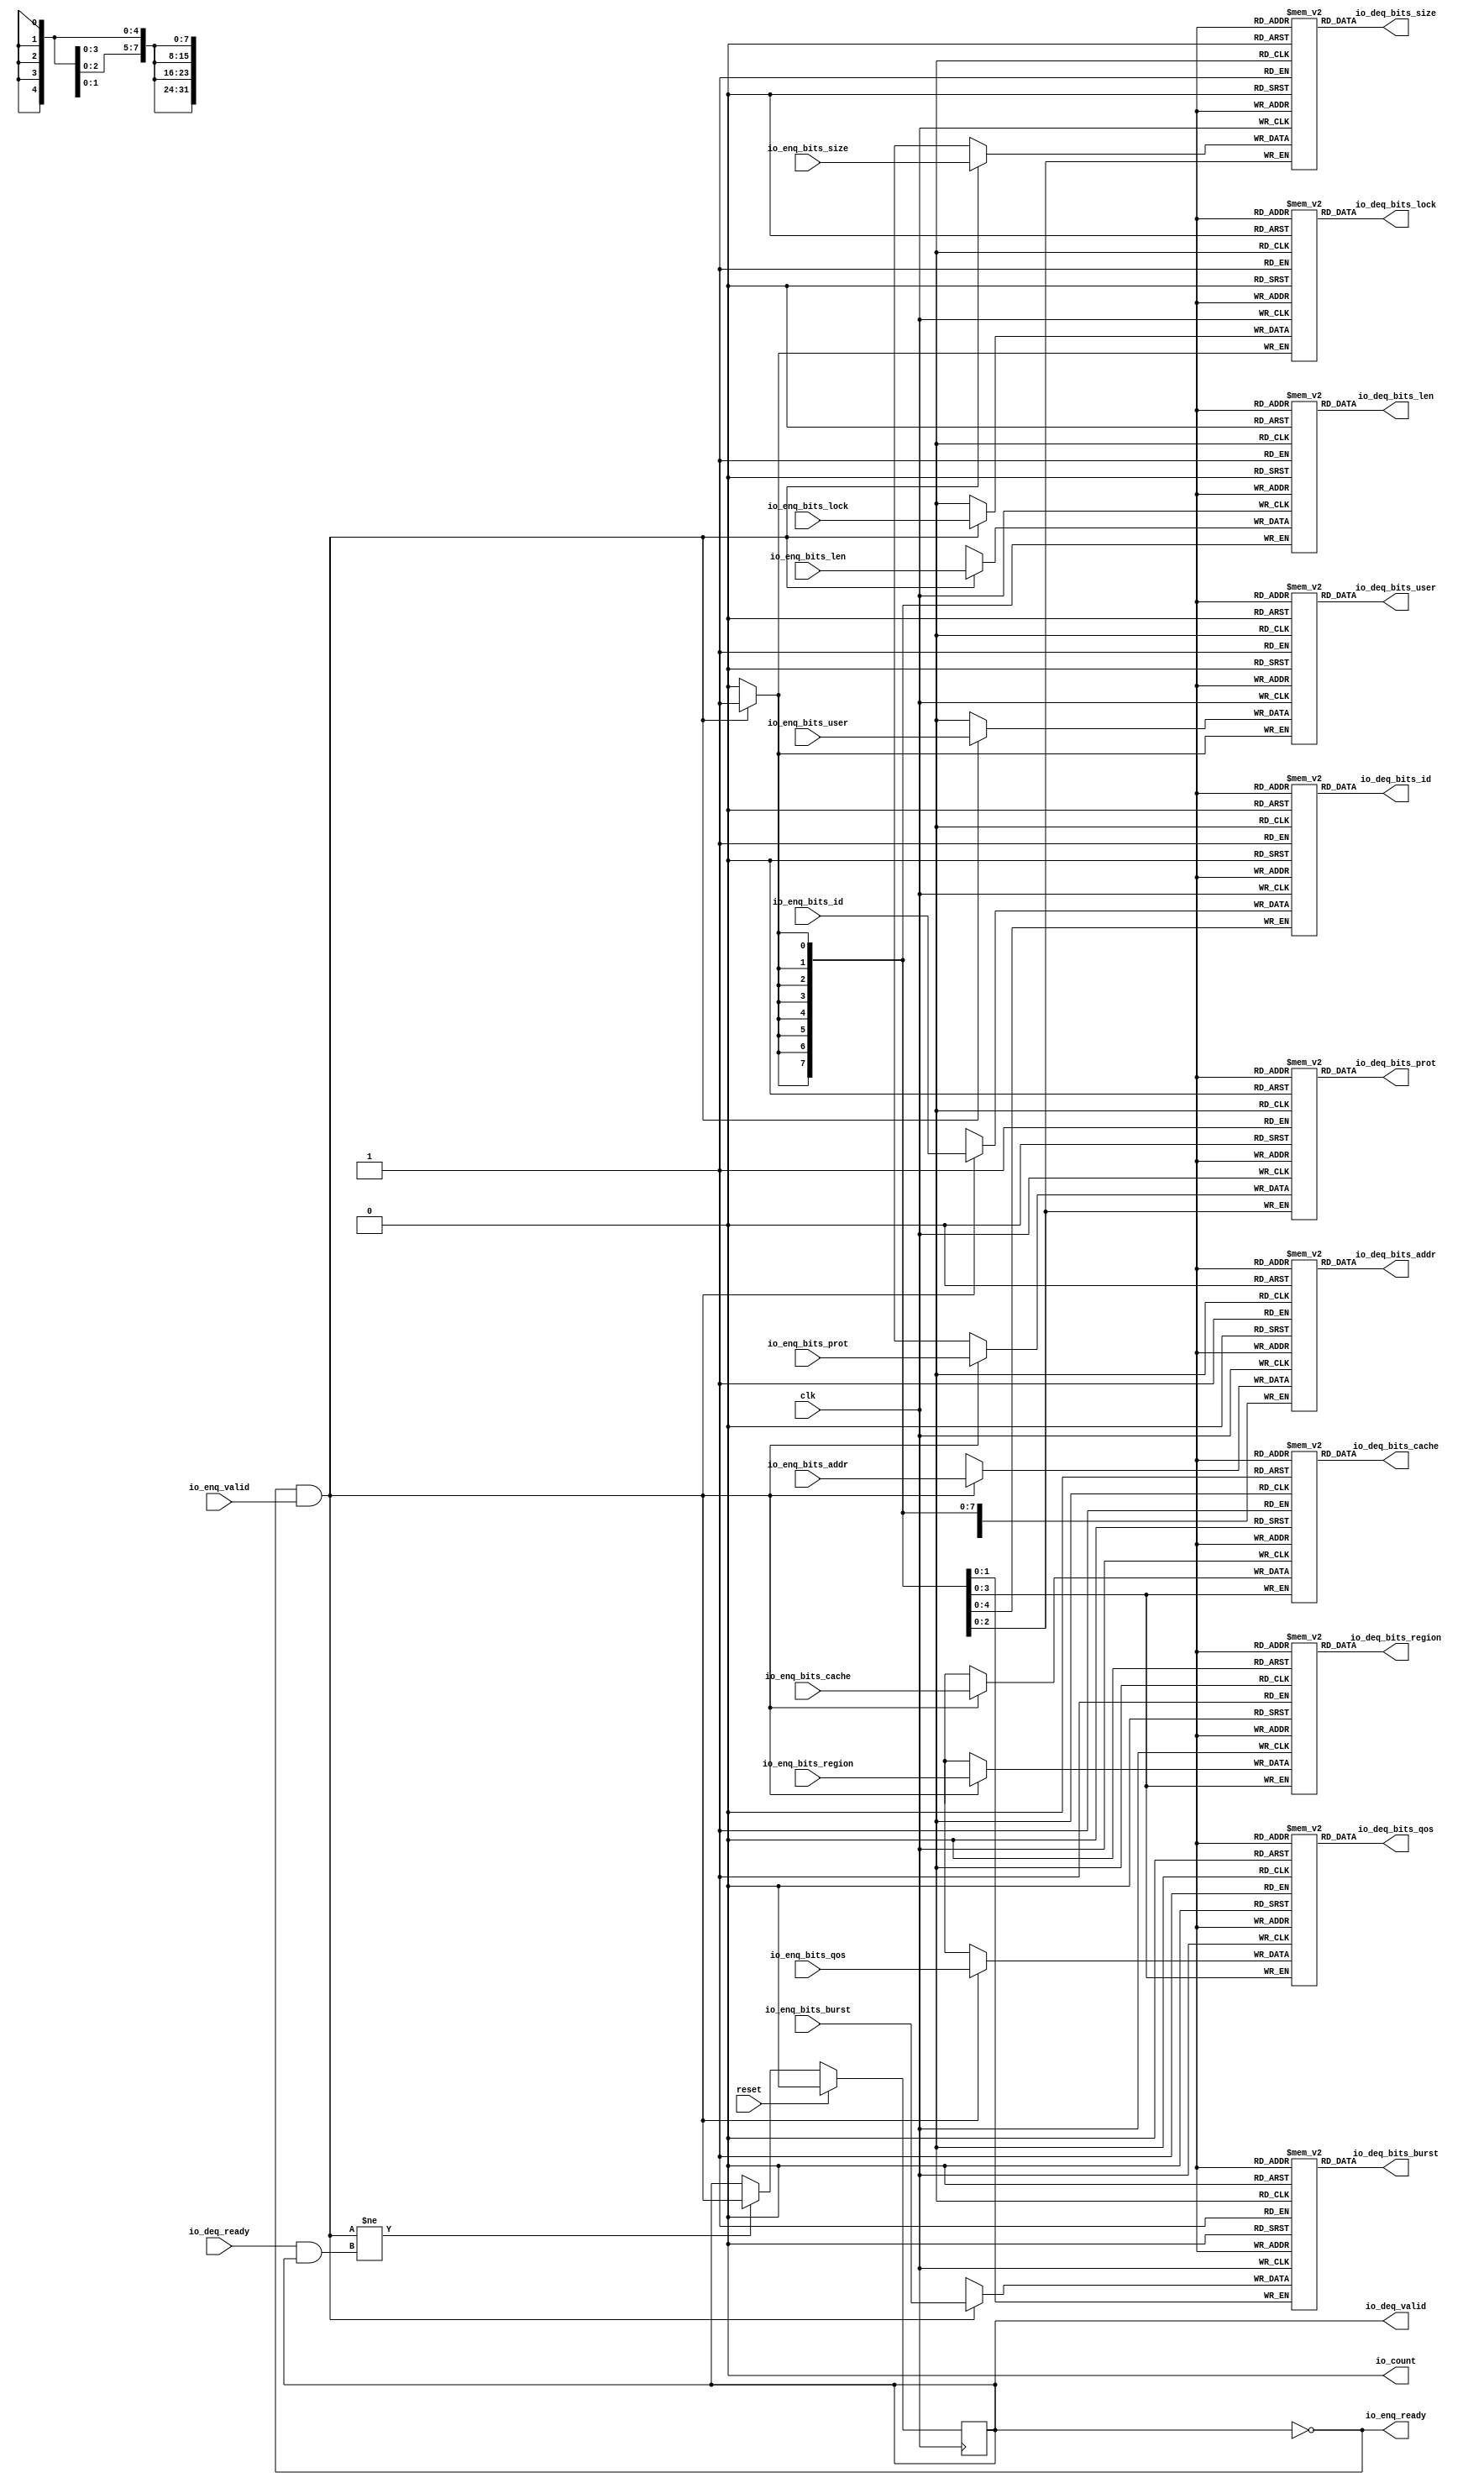
module Queue_10(
  input   clk,
  input   reset,
  output  io_enq_ready,
  input   io_enq_valid,
  input  [31:0] io_enq_bits_addr,
  input  [7:0] io_enq_bits_len,
  input  [2:0] io_enq_bits_size,
  input  [1:0] io_enq_bits_burst,
  input   io_enq_bits_lock,
  input  [3:0] io_enq_bits_cache,
  input  [2:0] io_enq_bits_prot,
  input  [3:0] io_enq_bits_qos,
  input  [3:0] io_enq_bits_region,
  input  [4:0] io_enq_bits_id,
  input   io_enq_bits_user,
  input   io_deq_ready,
  output  io_deq_valid,
  output [31:0] io_deq_bits_addr,
  output [7:0] io_deq_bits_len,
  output [2:0] io_deq_bits_size,
  output [1:0] io_deq_bits_burst,
  output  io_deq_bits_lock,
  output [3:0] io_deq_bits_cache,
  output [2:0] io_deq_bits_prot,
  output [3:0] io_deq_bits_qos,
  output [3:0] io_deq_bits_region,
  output [4:0] io_deq_bits_id,
  output  io_deq_bits_user,
  output  io_count
);
  reg [31:0] ram_addr [0:0];
  reg [31:0] GEN_0;
  wire [31:0] ram_addr_T_144_data;
  wire  ram_addr_T_144_addr;
  wire  ram_addr_T_144_en;
  wire [31:0] ram_addr_T_125_data;
  wire  ram_addr_T_125_addr;
  wire  ram_addr_T_125_mask;
  wire  ram_addr_T_125_en;
  reg [7:0] ram_len [0:0];
  reg [31:0] GEN_1;
  wire [7:0] ram_len_T_144_data;
  wire  ram_len_T_144_addr;
  wire  ram_len_T_144_en;
  wire [7:0] ram_len_T_125_data;
  wire  ram_len_T_125_addr;
  wire  ram_len_T_125_mask;
  wire  ram_len_T_125_en;
  reg [2:0] ram_size [0:0];
  reg [31:0] GEN_2;
  wire [2:0] ram_size_T_144_data;
  wire  ram_size_T_144_addr;
  wire  ram_size_T_144_en;
  wire [2:0] ram_size_T_125_data;
  wire  ram_size_T_125_addr;
  wire  ram_size_T_125_mask;
  wire  ram_size_T_125_en;
  reg [1:0] ram_burst [0:0];
  reg [31:0] GEN_3;
  wire [1:0] ram_burst_T_144_data;
  wire  ram_burst_T_144_addr;
  wire  ram_burst_T_144_en;
  wire [1:0] ram_burst_T_125_data;
  wire  ram_burst_T_125_addr;
  wire  ram_burst_T_125_mask;
  wire  ram_burst_T_125_en;
  reg  ram_lock [0:0];
  reg [31:0] GEN_4;
  wire  ram_lock_T_144_data;
  wire  ram_lock_T_144_addr;
  wire  ram_lock_T_144_en;
  wire  ram_lock_T_125_data;
  wire  ram_lock_T_125_addr;
  wire  ram_lock_T_125_mask;
  wire  ram_lock_T_125_en;
  reg [3:0] ram_cache [0:0];
  reg [31:0] GEN_5;
  wire [3:0] ram_cache_T_144_data;
  wire  ram_cache_T_144_addr;
  wire  ram_cache_T_144_en;
  wire [3:0] ram_cache_T_125_data;
  wire  ram_cache_T_125_addr;
  wire  ram_cache_T_125_mask;
  wire  ram_cache_T_125_en;
  reg [2:0] ram_prot [0:0];
  reg [31:0] GEN_6;
  wire [2:0] ram_prot_T_144_data;
  wire  ram_prot_T_144_addr;
  wire  ram_prot_T_144_en;
  wire [2:0] ram_prot_T_125_data;
  wire  ram_prot_T_125_addr;
  wire  ram_prot_T_125_mask;
  wire  ram_prot_T_125_en;
  reg [3:0] ram_qos [0:0];
  reg [31:0] GEN_7;
  wire [3:0] ram_qos_T_144_data;
  wire  ram_qos_T_144_addr;
  wire  ram_qos_T_144_en;
  wire [3:0] ram_qos_T_125_data;
  wire  ram_qos_T_125_addr;
  wire  ram_qos_T_125_mask;
  wire  ram_qos_T_125_en;
  reg [3:0] ram_region [0:0];
  reg [31:0] GEN_8;
  wire [3:0] ram_region_T_144_data;
  wire  ram_region_T_144_addr;
  wire  ram_region_T_144_en;
  wire [3:0] ram_region_T_125_data;
  wire  ram_region_T_125_addr;
  wire  ram_region_T_125_mask;
  wire  ram_region_T_125_en;
  reg [4:0] ram_id [0:0];
  reg [31:0] GEN_9;
  wire [4:0] ram_id_T_144_data;
  wire  ram_id_T_144_addr;
  wire  ram_id_T_144_en;
  wire [4:0] ram_id_T_125_data;
  wire  ram_id_T_125_addr;
  wire  ram_id_T_125_mask;
  wire  ram_id_T_125_en;
  reg  ram_user [0:0];
  reg [31:0] GEN_10;
  wire  ram_user_T_144_data;
  wire  ram_user_T_144_addr;
  wire  ram_user_T_144_en;
  wire  ram_user_T_125_data;
  wire  ram_user_T_125_addr;
  wire  ram_user_T_125_mask;
  wire  ram_user_T_125_en;
  reg  maybe_full;
  reg [31:0] GEN_11;
  wire  T_122;
  wire  T_123;
  wire  do_enq;
  wire  T_124;
  wire  do_deq;
  wire  T_139;
  wire  GEN_25;
  wire  T_141;
  wire [1:0] T_156;
  wire  ptr_diff;
  wire [1:0] T_158;
  assign io_enq_ready = T_122;
  assign io_deq_valid = T_141;
  assign io_deq_bits_addr = ram_addr_T_144_data;
  assign io_deq_bits_len = ram_len_T_144_data;
  assign io_deq_bits_size = ram_size_T_144_data;
  assign io_deq_bits_burst = ram_burst_T_144_data;
  assign io_deq_bits_lock = ram_lock_T_144_data;
  assign io_deq_bits_cache = ram_cache_T_144_data;
  assign io_deq_bits_prot = ram_prot_T_144_data;
  assign io_deq_bits_qos = ram_qos_T_144_data;
  assign io_deq_bits_region = ram_region_T_144_data;
  assign io_deq_bits_id = ram_id_T_144_data;
  assign io_deq_bits_user = ram_user_T_144_data;
  assign io_count = T_158[0];
  assign ram_addr_T_144_addr = 1'h0;
  assign ram_addr_T_144_en = 1'h1;
  assign ram_addr_T_144_data = ram_addr[ram_addr_T_144_addr];
  assign ram_addr_T_125_data = io_enq_bits_addr;
  assign ram_addr_T_125_addr = 1'h0;
  assign ram_addr_T_125_mask = do_enq;
  assign ram_addr_T_125_en = do_enq;
  assign ram_len_T_144_addr = 1'h0;
  assign ram_len_T_144_en = 1'h1;
  assign ram_len_T_144_data = ram_len[ram_len_T_144_addr];
  assign ram_len_T_125_data = io_enq_bits_len;
  assign ram_len_T_125_addr = 1'h0;
  assign ram_len_T_125_mask = do_enq;
  assign ram_len_T_125_en = do_enq;
  assign ram_size_T_144_addr = 1'h0;
  assign ram_size_T_144_en = 1'h1;
  assign ram_size_T_144_data = ram_size[ram_size_T_144_addr];
  assign ram_size_T_125_data = io_enq_bits_size;
  assign ram_size_T_125_addr = 1'h0;
  assign ram_size_T_125_mask = do_enq;
  assign ram_size_T_125_en = do_enq;
  assign ram_burst_T_144_addr = 1'h0;
  assign ram_burst_T_144_en = 1'h1;
  assign ram_burst_T_144_data = ram_burst[ram_burst_T_144_addr];
  assign ram_burst_T_125_data = io_enq_bits_burst;
  assign ram_burst_T_125_addr = 1'h0;
  assign ram_burst_T_125_mask = do_enq;
  assign ram_burst_T_125_en = do_enq;
  assign ram_lock_T_144_addr = 1'h0;
  assign ram_lock_T_144_en = 1'h1;
  assign ram_lock_T_144_data = ram_lock[ram_lock_T_144_addr];
  assign ram_lock_T_125_data = io_enq_bits_lock;
  assign ram_lock_T_125_addr = 1'h0;
  assign ram_lock_T_125_mask = do_enq;
  assign ram_lock_T_125_en = do_enq;
  assign ram_cache_T_144_addr = 1'h0;
  assign ram_cache_T_144_en = 1'h1;
  assign ram_cache_T_144_data = ram_cache[ram_cache_T_144_addr];
  assign ram_cache_T_125_data = io_enq_bits_cache;
  assign ram_cache_T_125_addr = 1'h0;
  assign ram_cache_T_125_mask = do_enq;
  assign ram_cache_T_125_en = do_enq;
  assign ram_prot_T_144_addr = 1'h0;
  assign ram_prot_T_144_en = 1'h1;
  assign ram_prot_T_144_data = ram_prot[ram_prot_T_144_addr];
  assign ram_prot_T_125_data = io_enq_bits_prot;
  assign ram_prot_T_125_addr = 1'h0;
  assign ram_prot_T_125_mask = do_enq;
  assign ram_prot_T_125_en = do_enq;
  assign ram_qos_T_144_addr = 1'h0;
  assign ram_qos_T_144_en = 1'h1;
  assign ram_qos_T_144_data = ram_qos[ram_qos_T_144_addr];
  assign ram_qos_T_125_data = io_enq_bits_qos;
  assign ram_qos_T_125_addr = 1'h0;
  assign ram_qos_T_125_mask = do_enq;
  assign ram_qos_T_125_en = do_enq;
  assign ram_region_T_144_addr = 1'h0;
  assign ram_region_T_144_en = 1'h1;
  assign ram_region_T_144_data = ram_region[ram_region_T_144_addr];
  assign ram_region_T_125_data = io_enq_bits_region;
  assign ram_region_T_125_addr = 1'h0;
  assign ram_region_T_125_mask = do_enq;
  assign ram_region_T_125_en = do_enq;
  assign ram_id_T_144_addr = 1'h0;
  assign ram_id_T_144_en = 1'h1;
  assign ram_id_T_144_data = ram_id[ram_id_T_144_addr];
  assign ram_id_T_125_data = io_enq_bits_id;
  assign ram_id_T_125_addr = 1'h0;
  assign ram_id_T_125_mask = do_enq;
  assign ram_id_T_125_en = do_enq;
  assign ram_user_T_144_addr = 1'h0;
  assign ram_user_T_144_en = 1'h1;
  assign ram_user_T_144_data = ram_user[ram_user_T_144_addr];
  assign ram_user_T_125_data = io_enq_bits_user;
  assign ram_user_T_125_addr = 1'h0;
  assign ram_user_T_125_mask = do_enq;
  assign ram_user_T_125_en = do_enq;
  assign T_122 = maybe_full == 1'h0;
  assign T_123 = io_enq_ready & io_enq_valid;
  assign do_enq = T_123;
  assign T_124 = io_deq_ready & io_deq_valid;
  assign do_deq = T_124;
  assign T_139 = do_enq != do_deq;
  assign GEN_25 = T_139 ? do_enq : maybe_full;
  assign T_141 = T_122 == 1'h0;
  assign T_156 = 1'h0 - 1'h0;
  assign ptr_diff = T_156[0:0];
  assign T_158 = {maybe_full,ptr_diff};
`ifdef RANDOMIZE
  integer initvar;
  initial begin
    `ifndef verilator
      #0.002;
    `endif
  GEN_0 = {1{$random}};
  `ifdef RANDOMIZE
  for (initvar = 0; initvar < 1; initvar = initvar+1)
    ram_addr[initvar] = GEN_0[31:0];
  `endif
  GEN_1 = {1{$random}};
  `ifdef RANDOMIZE
  for (initvar = 0; initvar < 1; initvar = initvar+1)
    ram_len[initvar] = GEN_1[7:0];
  `endif
  GEN_2 = {1{$random}};
  `ifdef RANDOMIZE
  for (initvar = 0; initvar < 1; initvar = initvar+1)
    ram_size[initvar] = GEN_2[2:0];
  `endif
  GEN_3 = {1{$random}};
  `ifdef RANDOMIZE
  for (initvar = 0; initvar < 1; initvar = initvar+1)
    ram_burst[initvar] = GEN_3[1:0];
  `endif
  GEN_4 = {1{$random}};
  `ifdef RANDOMIZE
  for (initvar = 0; initvar < 1; initvar = initvar+1)
    ram_lock[initvar] = GEN_4[0:0];
  `endif
  GEN_5 = {1{$random}};
  `ifdef RANDOMIZE
  for (initvar = 0; initvar < 1; initvar = initvar+1)
    ram_cache[initvar] = GEN_5[3:0];
  `endif
  GEN_6 = {1{$random}};
  `ifdef RANDOMIZE
  for (initvar = 0; initvar < 1; initvar = initvar+1)
    ram_prot[initvar] = GEN_6[2:0];
  `endif
  GEN_7 = {1{$random}};
  `ifdef RANDOMIZE
  for (initvar = 0; initvar < 1; initvar = initvar+1)
    ram_qos[initvar] = GEN_7[3:0];
  `endif
  GEN_8 = {1{$random}};
  `ifdef RANDOMIZE
  for (initvar = 0; initvar < 1; initvar = initvar+1)
    ram_region[initvar] = GEN_8[3:0];
  `endif
  GEN_9 = {1{$random}};
  `ifdef RANDOMIZE
  for (initvar = 0; initvar < 1; initvar = initvar+1)
    ram_id[initvar] = GEN_9[4:0];
  `endif
  GEN_10 = {1{$random}};
  `ifdef RANDOMIZE
  for (initvar = 0; initvar < 1; initvar = initvar+1)
    ram_user[initvar] = GEN_10[0:0];
  `endif
  `ifdef RANDOMIZE
  GEN_11 = {1{$random}};
  maybe_full = GEN_11[0:0];
  `endif
  end
`endif
  always @(posedge clk) begin
    if(ram_addr_T_125_en & ram_addr_T_125_mask) begin
      ram_addr[ram_addr_T_125_addr] <= ram_addr_T_125_data;
    end
    if(ram_len_T_125_en & ram_len_T_125_mask) begin
      ram_len[ram_len_T_125_addr] <= ram_len_T_125_data;
    end
    if(ram_size_T_125_en & ram_size_T_125_mask) begin
      ram_size[ram_size_T_125_addr] <= ram_size_T_125_data;
    end
    if(ram_burst_T_125_en & ram_burst_T_125_mask) begin
      ram_burst[ram_burst_T_125_addr] <= ram_burst_T_125_data;
    end
    if(ram_lock_T_125_en & ram_lock_T_125_mask) begin
      ram_lock[ram_lock_T_125_addr] <= ram_lock_T_125_data;
    end
    if(ram_cache_T_125_en & ram_cache_T_125_mask) begin
      ram_cache[ram_cache_T_125_addr] <= ram_cache_T_125_data;
    end
    if(ram_prot_T_125_en & ram_prot_T_125_mask) begin
      ram_prot[ram_prot_T_125_addr] <= ram_prot_T_125_data;
    end
    if(ram_qos_T_125_en & ram_qos_T_125_mask) begin
      ram_qos[ram_qos_T_125_addr] <= ram_qos_T_125_data;
    end
    if(ram_region_T_125_en & ram_region_T_125_mask) begin
      ram_region[ram_region_T_125_addr] <= ram_region_T_125_data;
    end
    if(ram_id_T_125_en & ram_id_T_125_mask) begin
      ram_id[ram_id_T_125_addr] <= ram_id_T_125_data;
    end
    if(ram_user_T_125_en & ram_user_T_125_mask) begin
      ram_user[ram_user_T_125_addr] <= ram_user_T_125_data;
    end
    if(reset) begin
      maybe_full <= 1'h0;
    end else begin
      if(T_139) begin
        maybe_full <= do_enq;
      end
    end
  end
endmodule